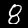
Label: 8